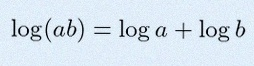
\log(ab)=\log a+\log b